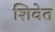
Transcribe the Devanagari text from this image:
शिवेत